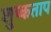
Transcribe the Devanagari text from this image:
शुष्कताप